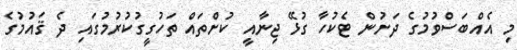
މި އެއްބަސްވުމުގެ ދަށުން ޓެކުހާ ގުޅޭ ޖިނާއީ ކުށްތައް ތަހުގީގުކުރުމުގައި ދެ ޤައުމުގެ